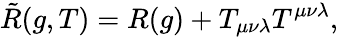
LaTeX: \tilde{R}(g,T)=R(g)+T_{\mu\nu\lambda}T^{\mu\nu\lambda},